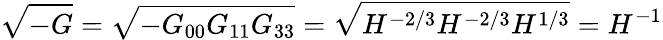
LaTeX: \sqrt{-G}=\sqrt{-G_{00}G_{11}G_{33}}=\sqrt{H^{-2/3}H^{-2/3}H^{1/3}}=H^{-1}